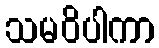
သမဝိပါကာ